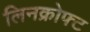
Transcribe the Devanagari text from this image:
लिनक्रोफ्ट